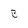
Character: B